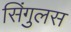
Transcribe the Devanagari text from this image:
सिंगुलस